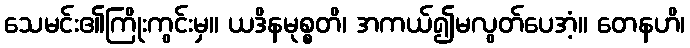
သေမင်း၏ကြိုးကွင်းမှ။ ယဒိနမုစ္စတိ၊ အကယ်၍မလွတ်ပေအံ့။ တေနဟိ၊